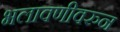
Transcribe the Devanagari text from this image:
भलावणीवरुन